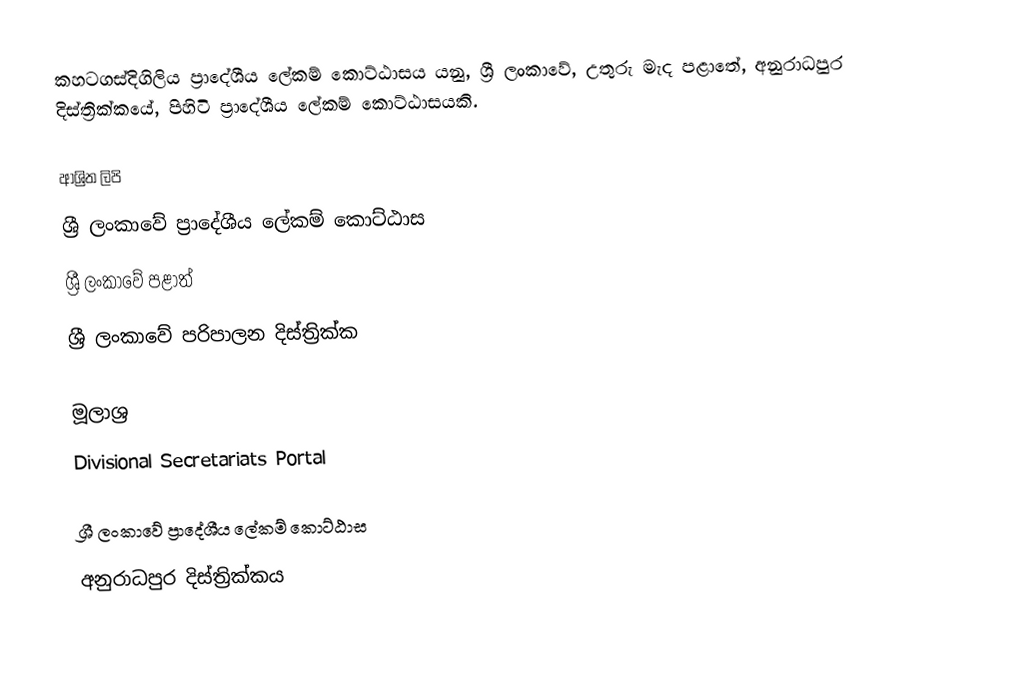
කහටගස්දිගිලිය ප්‍රාදේශීය ලේකම් කොට්ඨාසය යනු,  ශ්‍රී ලංකාවේ,  උතුරු මැද පළාතේ,   අනුරාධපුර දිස්ත්‍රික්කයේ, පිහිටි ප්‍රාදේශීය ලේකම් කොට්ඨාසයකි.

ආශ්‍රිත ලිපි
ශ්‍රී ලංකාවේ ප්‍රාදේශීය ලේකම් කොට්ඨාස
ශ්‍රී ලංකාවේ පළාත්
ශ්‍රී ලංකාවේ පරිපාලන දිස්ත්‍රික්ක

මූලාශ්‍ර
 Divisional Secretariats Portal

ශ්‍රී ලංකාවේ ප්‍රාදේශීය ලේකම් කොට්ඨාස
අනුරාධපුර දිස්ත්‍රික්කය